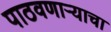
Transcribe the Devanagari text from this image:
पाठवणाऱ्याचा